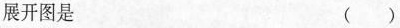
展开图是 ()